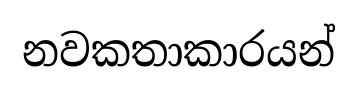
නවකතාකාරයන්